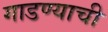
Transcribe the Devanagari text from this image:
गाडण्याची